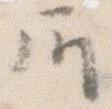
所